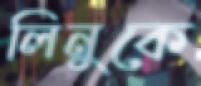
লিনুকে